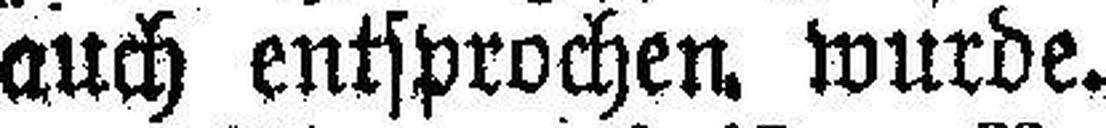
auch entsprochen wurde.